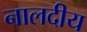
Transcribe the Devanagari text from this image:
नालदीय